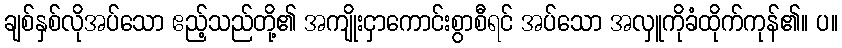
ချစ်နှစ်လိုအပ်သော ဧည့်သည်တို့၏ အကျိုးငှာကောင်းစွာစီရင် အပ်သော အလှူကိုခံထိုက်ကုန်၏။ ပ။